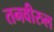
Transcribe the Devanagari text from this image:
तनवीरुल